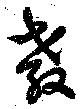
教